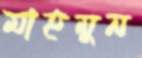
মাহমুন